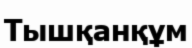
Тышқанқұм